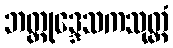
ဘတ္တုဒ္ဒေသကသုတ္တံ